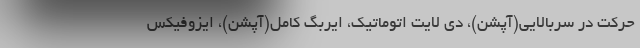
حرکت در سربالایی(آپشن)، دی لایت اتوماتیک، ایربگ کامل(آپشن)، ایزوفیکس